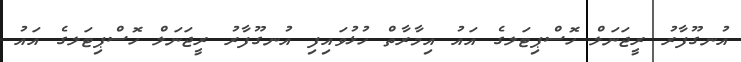
އުނގޫފާރު ރީޖަނަލް ހޮސްޕިޓަލގެ އައު އިމާރާތް ހުޅުވައިފި އުނގޫފާރު ރީޖަނަލް ހޮސްޕިޓަލގެ އައު